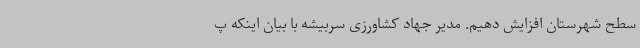
سطح شهرستان افزایش دهیم. مدیر جهاد کشاورزی سربیشه با بیان اینکه پ